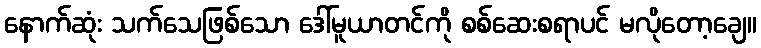
နောက်ဆုံး သက်သေဖြစ်သော ဒေါ်မူယာတင်ကို စစ်ဆေးစရာပင် မလိုတော့ချေ။